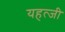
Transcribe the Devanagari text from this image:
यहत्जी